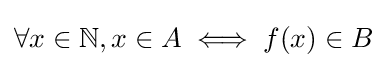
\forall x\in \mathbb {N} ,x\in A\iff f(x)\in B